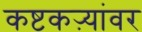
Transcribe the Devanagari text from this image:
कष्टकऱ्यांवर